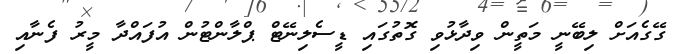
ގޭގެއަށް ލިބޭނީ މަތީން ވިދާޅުވި ގޮތުގައި ޑީސެލިނޭޓް ޕްލާންޓުން އުފައްދާ މީރު ފެނާއި